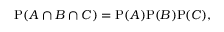
\mathrm { P } ( A \cap B \cap C ) = \mathrm { P } ( A ) \mathrm { P } ( B ) \mathrm { P } ( C ) ,